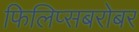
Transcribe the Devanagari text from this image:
फिलिप्सबरोबर